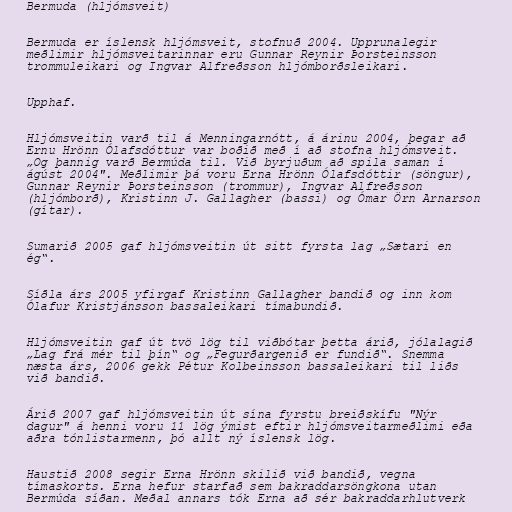
Bermuda (hljómsveit)

Bermuda er íslensk hljómsveit, stofnuð 2004. Upprunalegir
meðlimir hljómsveitarinnar eru Gunnar Reynir Þorsteinsson
trommuleikari og Ingvar Alfreðsson hljómborðsleikari.

Upphaf.

Hljómsveitin varð til á Menningarnótt, á árinu 2004, þegar að
Ernu Hrönn Ólafsdóttur var boðið með í að stofna hljómsveit.
„Og þannig varð Bermúda til. Við byrjuðum að spila saman í
ágúst 2004". Meðlimir þá voru Erna Hrönn Ólafsdóttir (söngur),
Gunnar Reynir Þorsteinsson (trommur), Ingvar Alfreðsson
(hljómborð), Kristinn J. Gallagher (bassi) og Ómar Örn Arnarson
(gítar).

Sumarið 2005 gaf hljómsveitin út sitt fyrsta lag „Sætari en
ég“.

Síðla árs 2005 yfirgaf Kristinn Gallagher bandið og inn kom
Ólafur Kristjánsson bassaleikari tímabundið.

Hljómsveitin gaf út tvö lög til viðbótar þetta árið, jólalagið
„Lag frá mér til þín“ og „Fegurðargenið er fundið“. Snemma
næsta árs, 2006 gekk Pétur Kolbeinsson bassaleikari til liðs
við bandið.

Árið 2007 gaf hljómsveitin út sína fyrstu breiðskífu "Nýr
dagur" á henni voru 11 lög ýmist eftir hljómsveitarmeðlimi eða
aðra tónlistarmenn, þó allt ný íslensk lög.

Haustið 2008 segir Erna Hrönn skilið við bandið, vegna
tímaskorts. Erna hefur starfað sem bakraddarsöngkona utan
Bermúda síðan. Meðal annars tók Erna að sér bakraddarhlutverk